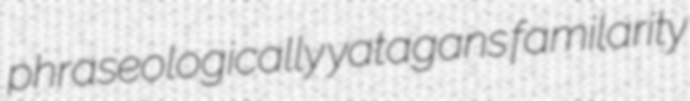
phraseologically yatagans familarity